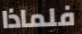
فلماذا